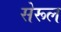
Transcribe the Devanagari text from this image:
सेरूल